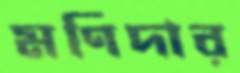
মণিদার